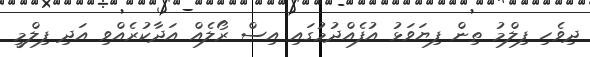
ދިވެހި ފިލްމު ތިން ފިޔަވަޅު އުފެއްދުމުގައި އިސް ރޯލެއް އަދާކުރެއްވި އަދި ފިލްމީ